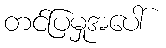
တင်ပြမှုအပေါ်